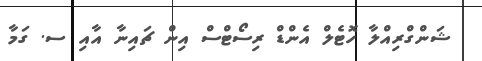
ޝަންގްރިއްލާ ހޮޓެލް އެންޑް ރިސޯޓްސް އިން ޗައިނާ އާއި ސ. ގަމާ